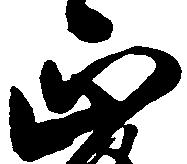
正